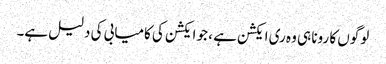
لوگوں کا رونا ہی وہ ری ایکشن ہے ، جو ایکشن کی کامیابی کی دلیل ہے۔